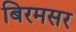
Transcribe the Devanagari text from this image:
बिरमसर